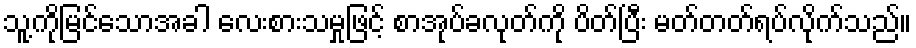
သူ့ကိုမြင်သောအခါ လေးစားသမှုဖြင့် စာအုပ်ခလုတ်ကို ပိတ်ပြီး မတ်တတ်ရပ်လိုက်သည်။